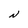
Character: N